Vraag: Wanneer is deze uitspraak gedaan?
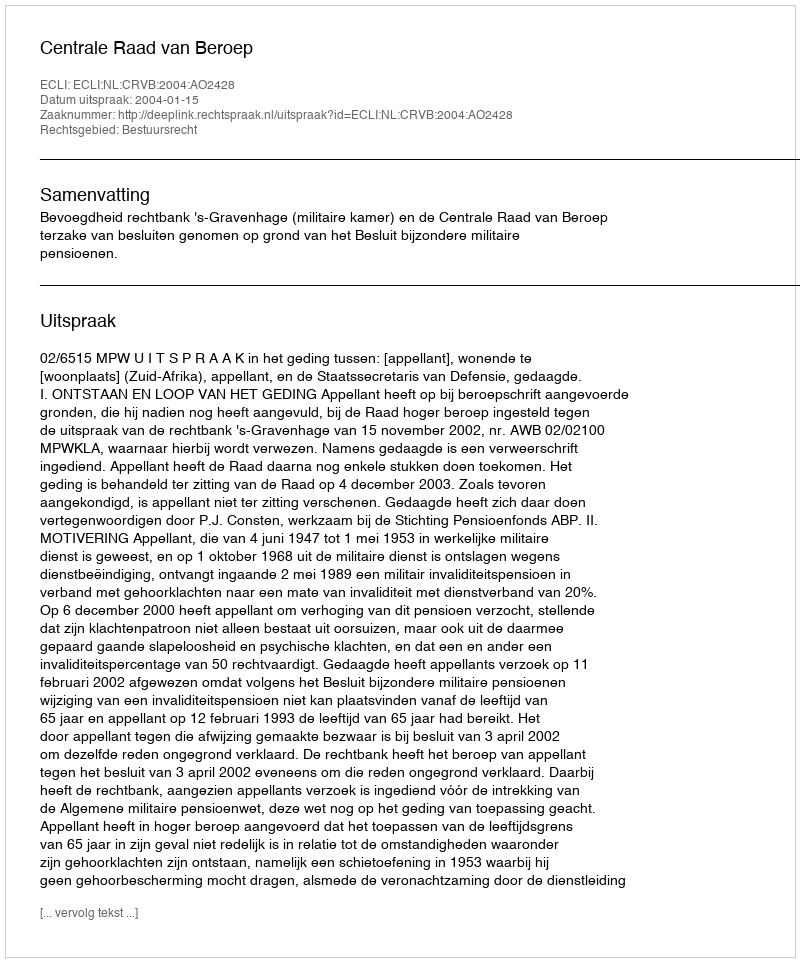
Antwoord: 2004-01-15